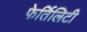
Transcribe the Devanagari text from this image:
फेर्तिलिटी